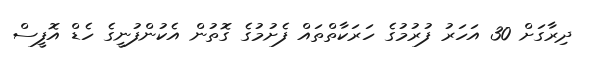
ދިރާގަށް 30 އަހަރު ފުރުމުގެ ހަރަކާތްތައް ފެށުމުގެ ގޮތުން އެކުންފުނީގެ ހެޑް އޮފީސް